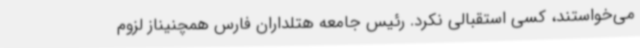
می‌خواستند، کسی استقبالی نکرد. رئیس جامعه هتلداران فارس همچنیناز لزوم